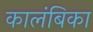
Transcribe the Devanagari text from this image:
कालंबिका